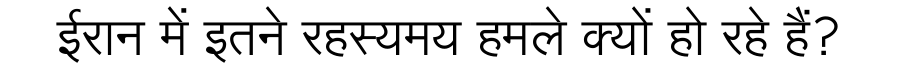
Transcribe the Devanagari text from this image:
ईरान में इतने रहस्यमय हमले क्यों हो रहे हैं?